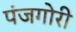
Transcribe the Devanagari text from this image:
पंजगोरी